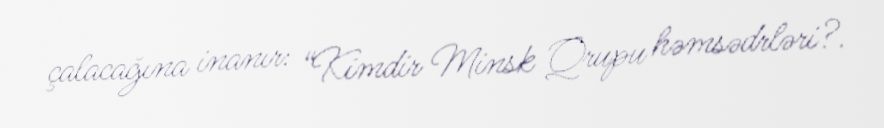
çalacağına inanır: “Kimdir Minsk Qrupu həmsədrləri?.